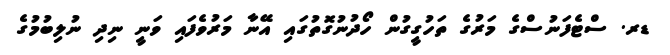
ޑރ. ސްޓެފަނުސްގެ މަރުގެ ތަހުގީގުން ހޯދުނުގޮތުގައި އޭނާ މަރުވެފައި ވަނީ ނިދި ނުލިބުމުގެ